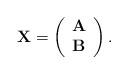
LaTeX: \begin{align*}\mathbf{X}=\left(\begin{array}{c}\mathbf{A}\\\mathbf{B}\end{array}\right).\end{align*}